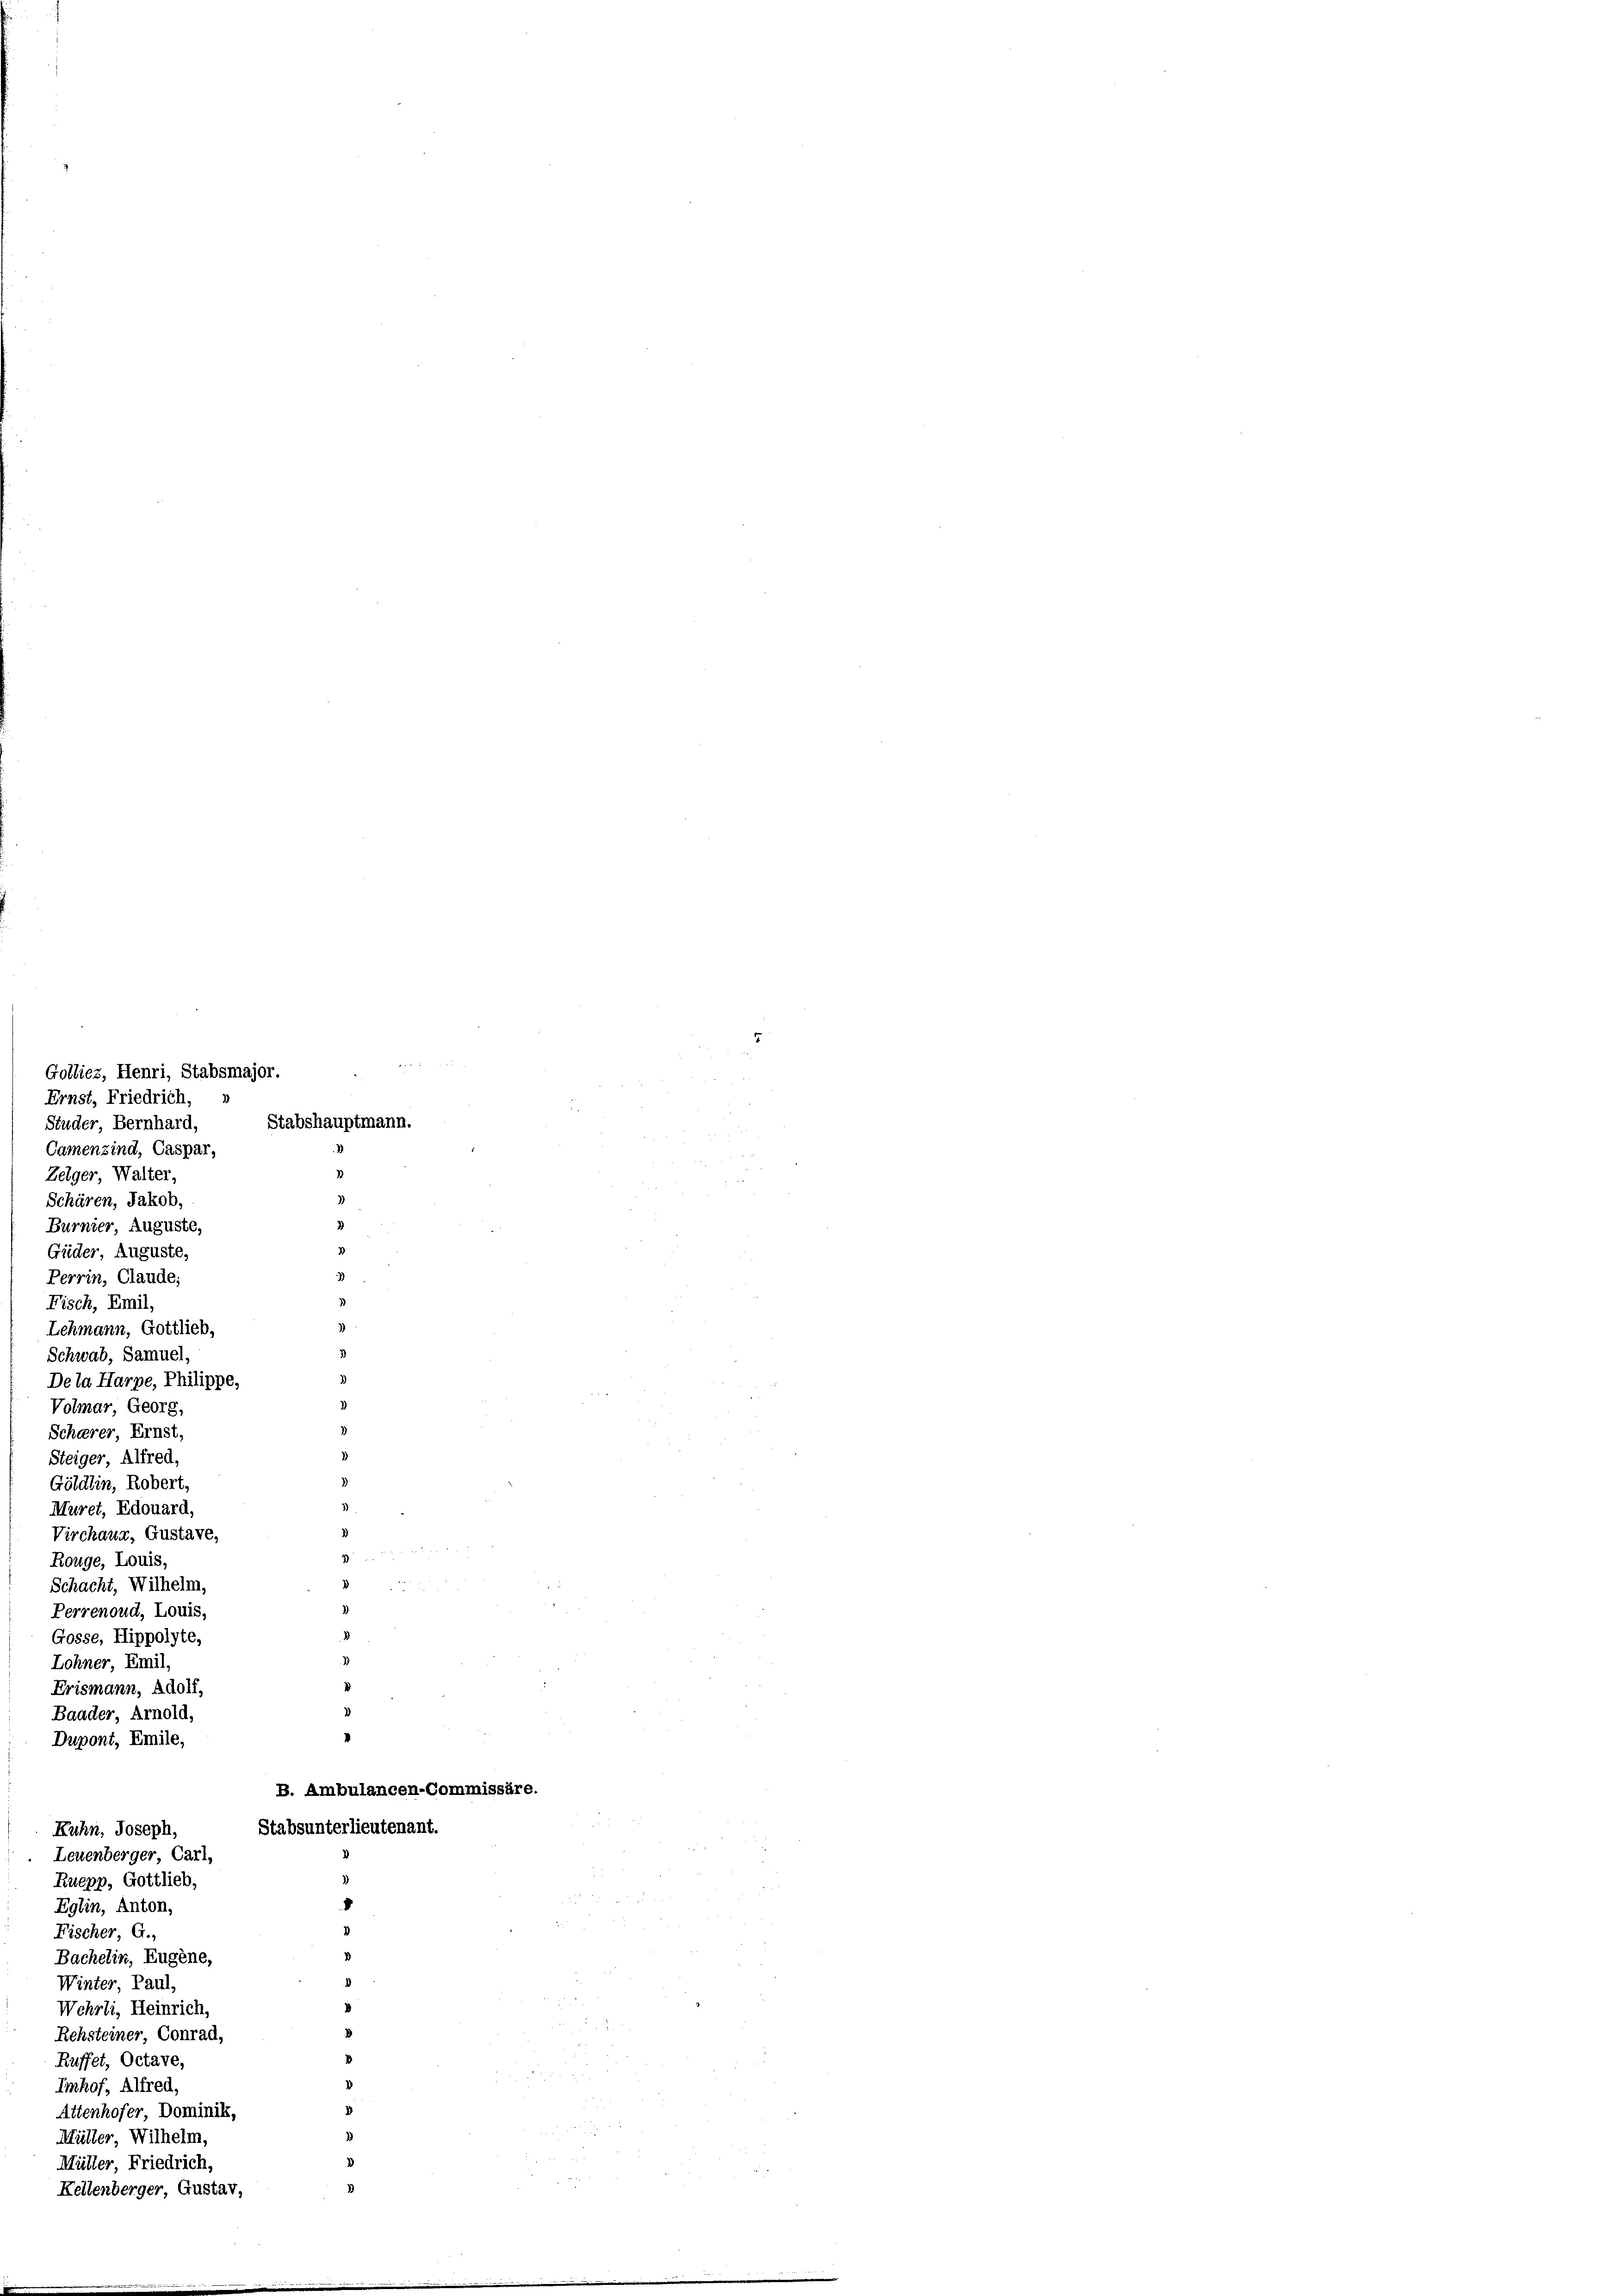
Golliez, Henri, Stabsmajor.
Ernst, Friedrich,
Studer, Bernhard,
Camenzind, Caspar,
Zeiger, Walter,
Schären, Jakob,
Burnier, Auguste,
Güder, Auguste,
Perrin, Claude;

Fisch, Emil,
Lehmann, Gottlieb.
Schwab, Samuel,
Dela Harze, Philippe,
Volmar, Georg,
Schärer, Ernst,
Steiger, Alfred,
Göldlin, Robert,
Muret, Edouard,
Virchaug, Gustave,
Rouge, Louis,
Schacht, Wilhelm,
Perrenoud, Louis,
Gosse, Hippolyte,
Lohner, Emil,
Crismann, Adolf,
2
saader, Arnold,
nt. Emile,
B. Ambulancen-Com
Stabsunterlieutenant.
Fuhn, Joseph,
Leuenberger, Carl,
Ruepp, Gottlieb,
8
Eglin, Anton,
d
Fischer, G.,
Bachelin, Eugene,
d
Winter, Paul,
Wehrli, Heinrich,
Rehsteiner, Conrad,
Ruffet, Octave,
Imhof, Alfred,
Attenhofer, Dominik,
Müller, Wilhelm,
Müller, Friedrich,
Kellenberger, Gustav,

Stabshauptmann.